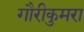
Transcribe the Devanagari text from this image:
गौरीकुमरा